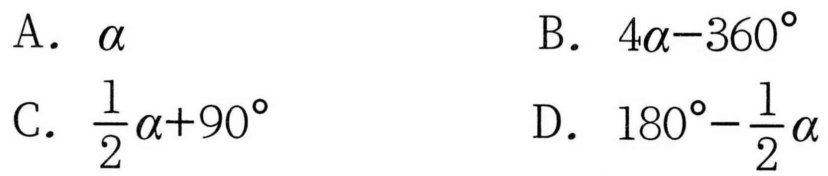
A. \(\alpha\)  B. \(4\alpha - 360^{\circ}\)
C. \(\frac{1}{2}\alpha+90^{\circ}\)  D. \(180^{\circ}-\frac{1}{2}\alpha\)